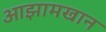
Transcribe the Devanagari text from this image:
आझामखान